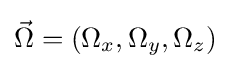
{\vec {\Omega }}=(\Omega _{x},\Omega _{y},\Omega _{z})